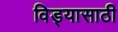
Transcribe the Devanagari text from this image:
विड्यासाठी